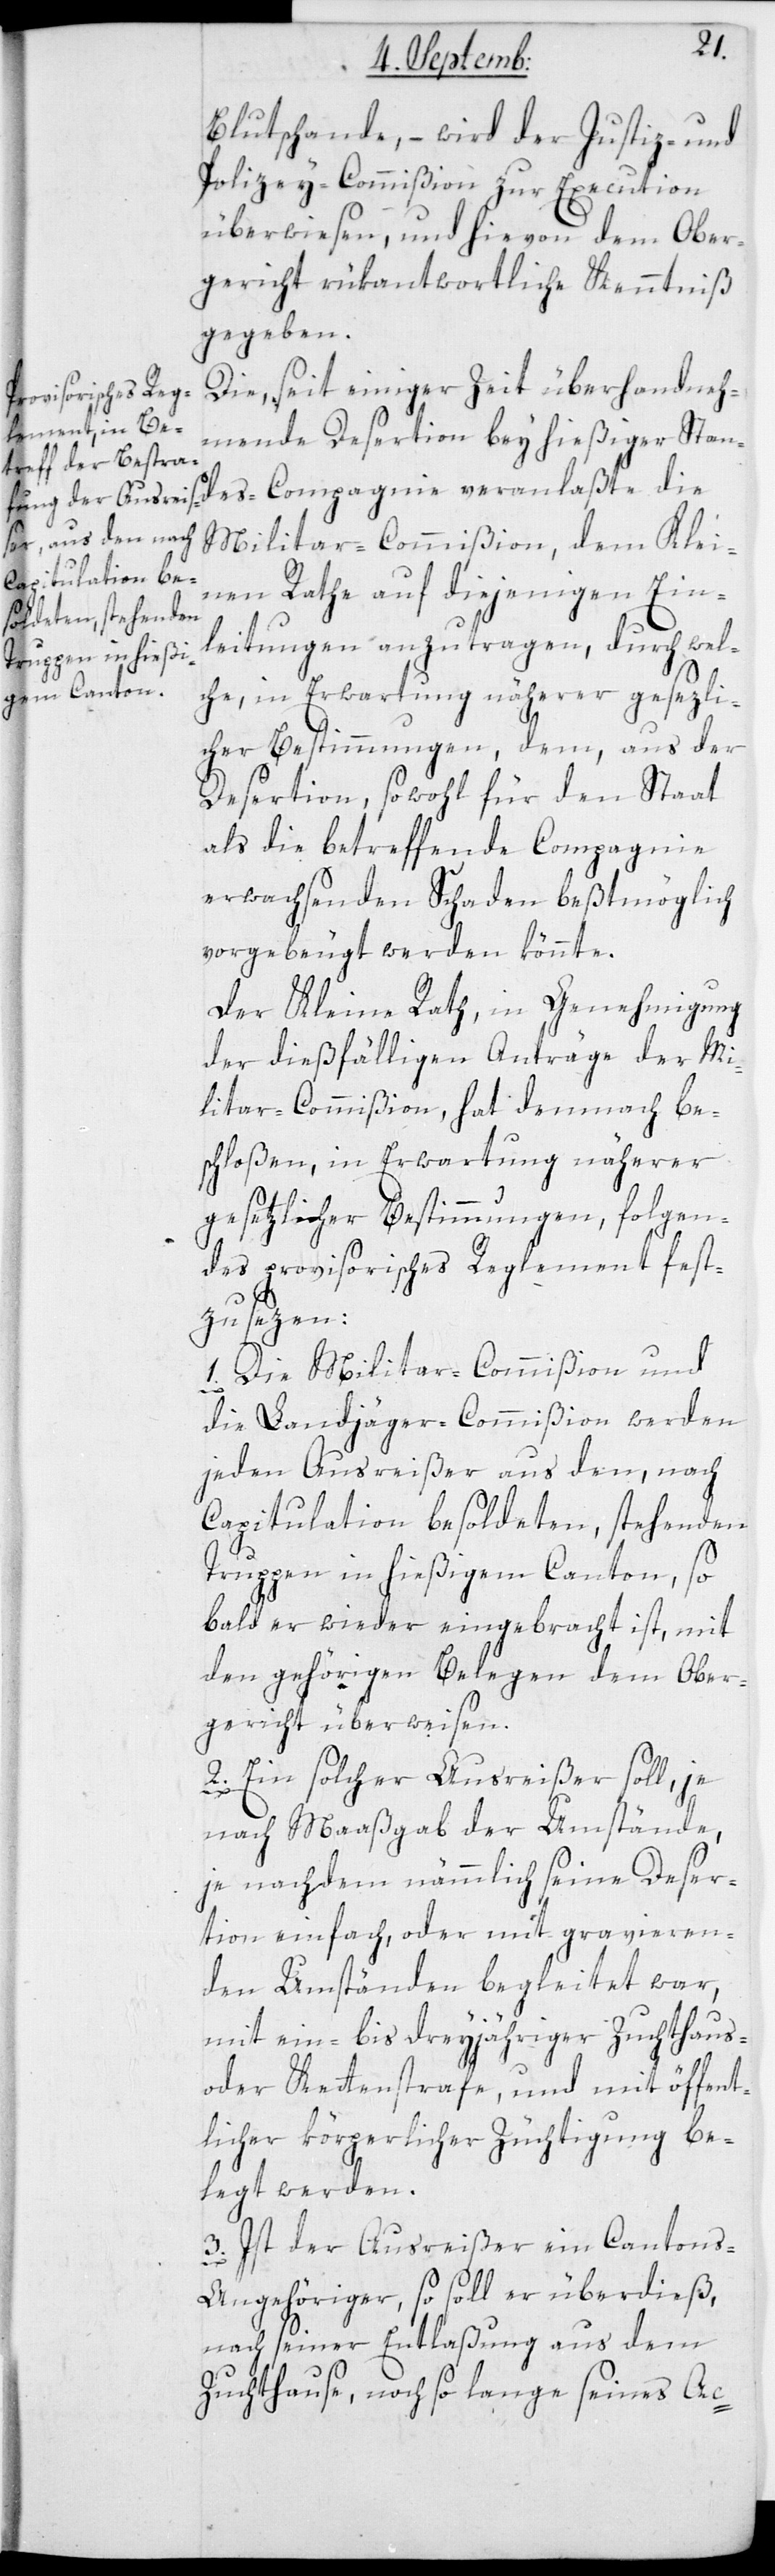
Blutschande, – wird der Justiz- und
Polizey-Commißion zur Execution
überwiesen, und hievon dem Ober¬
gericht rükantwortliche Kenntniß
gegeben.
Die seit einiger Zeit überhandneh¬
mende Desertion bey hießiger Stan¬
des-Compagnie veranlaßt die
Militar-Commißion, dem Klei¬
nen Rathe auf diejenigen Ein¬
leitungen anzutragen, durch wel¬
che, in Erwartung näherer gesezli¬
cher Bestimmungen, dem aus der
Desertion, sowohl für den Staat
als die betreffende Compagnie
erwachsenden Schaden beßtmöglich
vorgebeugt werden könnte.
Der Kleine Rath, in Genehmigung
der dießfälligen Anträge der Mi¬
litar-Commißion, hat demnach be¬
schloßen, in Erwartung näherer
gesetzlicher Bestimmungen, folgen¬
des provisorisches Reglement fest¬
zusetzen:
Die Militar-Commißion und
1.
die Landjäger-Commißion werden
jeden Ausreißer aus den, nach
Capitulation besoldeten, stehenden
Truppen in hießigem Canton, so¬
bald er wieder eingebracht ist, mit
den gehörigen Belegen dem Ober¬
gericht überweisen.
2. Ein solcher Ausreißer soll, je
nach Maaßgab der Umstände,
je nachdem nämmlich seine Deser¬
tion einfach oder mit gravieren¬
den Umständen begleitet war,
mit ein- bis dreyjähriger Zuchthaus-
oder Kettenstrafe und mit öffent¬
licher körperlicher Züchtigung be¬
legt werden.
3. Ist der Ausreißer ein Canton¬
s-Angehöriger, so soll er überdieß,
nach seiner Entlaßung aus dem
Zuchthause, noch so lange seines Ac-